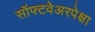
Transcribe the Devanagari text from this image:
सॉफ्टवेअरपेक्षा